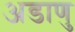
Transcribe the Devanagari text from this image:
अडाणु